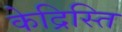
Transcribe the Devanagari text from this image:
केद्रिस्ति